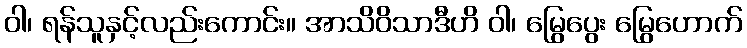
ဝါ၊ ရန်သူနှင့်လည်းကောင်း။ အာသိဝိသာဒီဟိ ဝါ၊ မြွေပွေး မြွေဟောက်